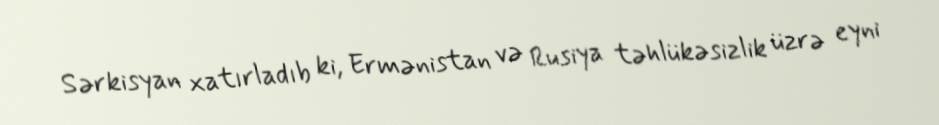
Sərkisyan xatırladıb ki, Ermənistan və Rusiya təhlükəsizlik üzrə eyni